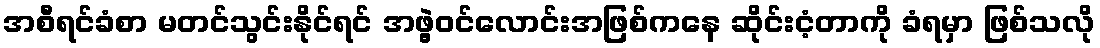
အစီရင်ခံစာ မတင်သွင်းနိုင်ရင် အဖွဲ့ဝင်လောင်းအဖြစ်ကနေ ဆိုင်းငံ့တာကို ခံရမှာ ဖြစ်သလို